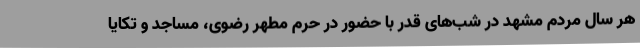
هر سال مردم مشهد در شب‌های قدر با حضور در حرم مطهر رضوی، مساجد و تکایا